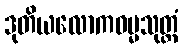
ဒုတိယလောကဓမ္မသုတ္တံ